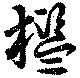
檻